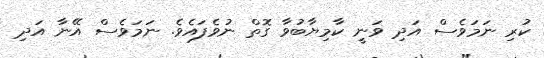
ކުރި ނަމަވެސް އަދި ވަނީ ކާމިޔާބުވާ ގޮތް ނުވެފައެވެ. ނަމަވެސް އޭނާ އަދި